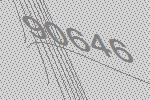
90646